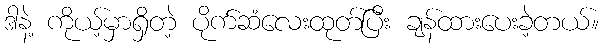
ဒါနဲ့ ကိုယ့်မှာရှိတဲ့ ပိုက်ဆံလေးထုတ်ပြီး ချန်ထားပေးခဲ့တယ်။